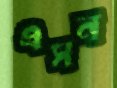
এসন